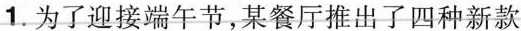
1.为了迎接端午节，某餐厅推出了四种新款